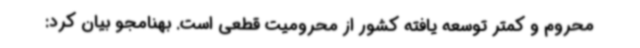
محروم و کمتر توسعه یافته کشور از محرومیت قطعی است. بهنامجو بیان کرد: